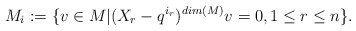
\begin{align*}M_i:=\{v\in M|(X_r-q^{i_{r}})^{dim(M)}v=0 ,1\leq r\leq n \}. \end{align*}